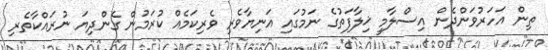
ތިން އަހަރުވަންދެން އިސްލާމީ ޚިލާފަތުގެ ނަމުގައި އަނިޔާވެރި ވެރިކަމެއް ކުރަމުން ގެންދިޔަ ނުރައްކާތެރި